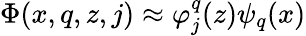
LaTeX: \Phi(x,q,z,j)\approx\varphi_{j}^{q}(z)\psi_{q}(x)